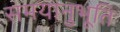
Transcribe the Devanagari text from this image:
समयानुभूति